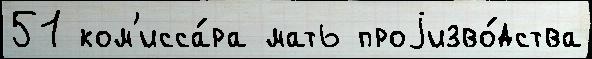
51 ком'исса́ра мать проjизво́дства